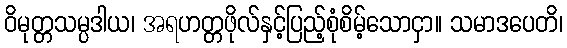
ဝိမုတ္တသမ္ပဒါယ၊ အရဟတ္တဖိုလ်နှင့်ပြည့်စုံစိမ့်သောငှာ။ သမာဒပေတိ၊